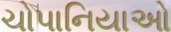
ચોપાનિયાઓ